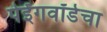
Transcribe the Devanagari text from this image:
पेईंगवॉर्डचा